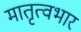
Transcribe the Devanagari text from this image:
मातृत्वभार